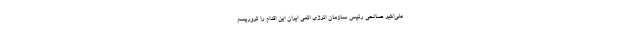
علی‌اکبر صالحی رئیس سازمان انرژی اتمی ایران این اقدام را تروریسم